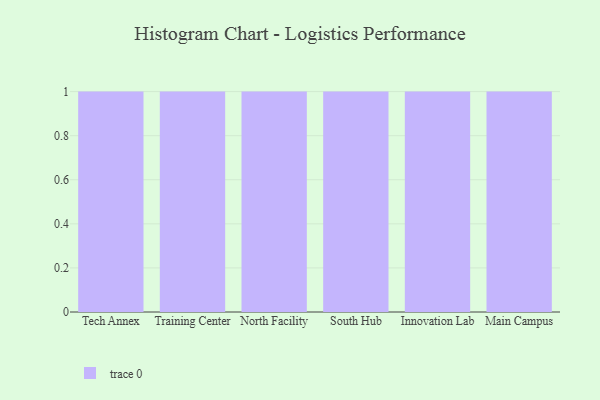
{"axis": {"x": "Campus", "y": "Page Views"}, "legend": [""], "data": [{"x": "Tech Annex", "y": 32, "type": ""}, {"x": "Training Center", "y": 22, "type": ""}, {"x": "North Facility", "y": 27, "type": ""}, {"x": "South Hub", "y": 92, "type": ""}, {"x": "Innovation Lab", "y": 12, "type": ""}, {"x": "Main Campus", "y": 77, "type": ""}]}